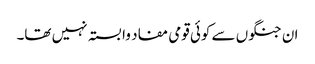
ان جنگوں سے کوئی قومی مفاد وابستہ نہیں تھا۔